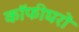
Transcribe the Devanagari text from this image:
कॉफीघरों